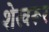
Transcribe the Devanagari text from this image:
शेखरूर